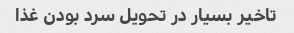
تاخیر بسیار در تحویل سرد بودن غذا